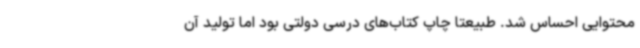
محتوایی احساس شد. طبیعتا چاپ کتاب‌های درسی دولتی بود اما تولید آن